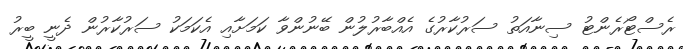
ރެސްޓޯރެންޓު ސިނާއަތު ސަރުކާރުގެ އެއްބާރުލުން ބޭނުންވާ ކަމަށާއި އެކަމަކު ސަރުކާރުން ދެނީ ބީރު